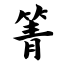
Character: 箐